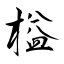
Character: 榏